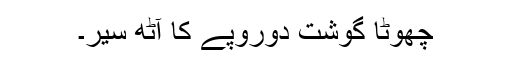
چھوٹا گوشت دوروپے کا آٹھ سیر۔